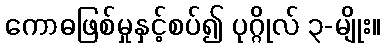
ကောဓဖြစ်မှုနှင့်စပ်၍ ပုဂ္ဂိုလ် ၃-မျိုး။